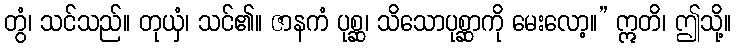
တွံ၊ သင်သည်။ တုယှံ၊ သင်၏။ ဇာနကံ ပုစ္ဆ၊ သိသောပုစ္ဆာကို မေးလော့။” ဣတိ၊ ဤသို့။